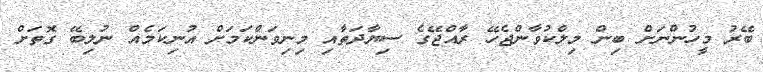
ބޭރު މީހުންނަށް ބިން މިލްކުވާންޖެހޭ ރާއްޖޭގެ ސިޔާދަތާއި މިނިވަންކަމަށް އުނިކަމެއް ނުލިބޭ ގޮތަށް